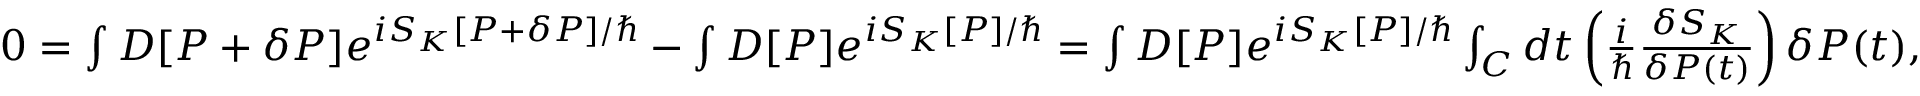
\begin{array} { r } { 0 = \int { \cal D } [ P + \delta P ] e ^ { i { \cal S } _ { K } [ P + \delta P ] / \hbar } - \int { \cal D } [ P ] e ^ { i { \cal S } _ { K } [ P ] / \hbar } = \int { \cal D } [ P ] e ^ { i { \cal S } _ { K } [ P ] / \hbar } \int _ { C } d t \left( \frac { i } { \hbar } \frac { \delta { \cal S } _ { K } } { \delta P ( t ) } \right) \delta P ( t ) , } \end{array}